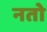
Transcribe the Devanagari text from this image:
नतो